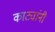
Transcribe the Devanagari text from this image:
काट्यांनी